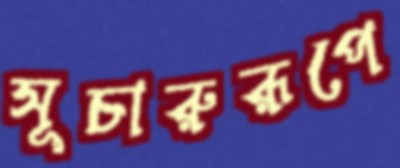
সূচারুরূপে